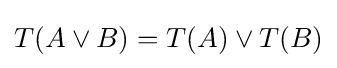
T(A\vee B)=T(A)\vee T(B)